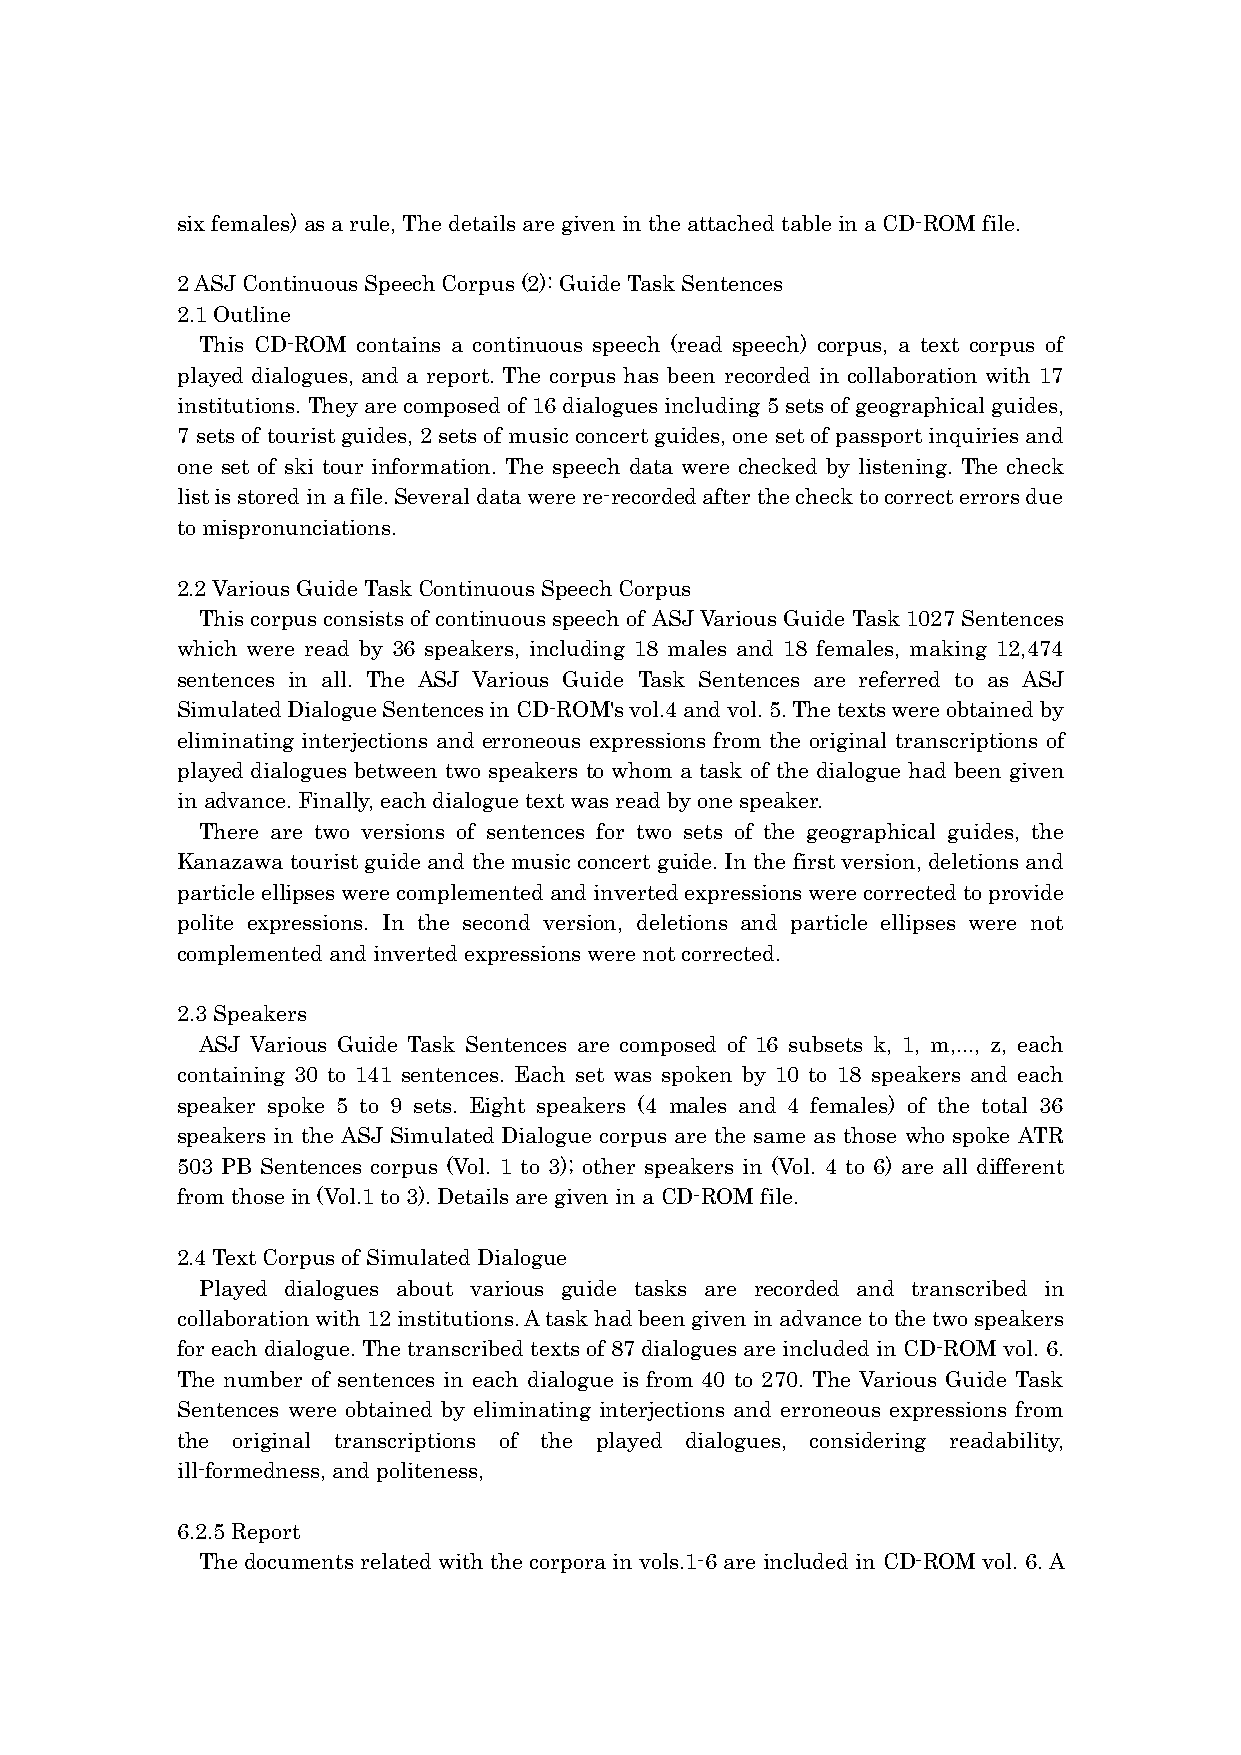
six females) as a rule, The details are given in the attached table in a CD-ROM file.
 2 ASJ Continuous Speech Corpus (2): Guide Task Sentences
 2.1 Outline
 This CD-ROM contains a continuous speech (read speech) corpus, a text corpus of
 played dialogues, and a report. The corpus has been recorded in collaboration with 17
 institutions. They are composed of 16 dialogues including 5 sets of geographical guides,
 7 sets of tourist guides, 2 sets of music concert guides, one set of passport inquiries and
 one set of ski tour information. The speech data were checked by listening. The check
 list is stored in a file. Several data were re-recorded after the check to correct errors due
 to mispronunciations.
 2.2 Various Guide Task Continuous Speech Corpus
 This corpus consists of continuous speech of ASJ Various Guide Task 1027 Sentences
 which were read by 36 speakers, including 18 males and 18 females, making 12,474
 sentences in all. The ASJ Various Guide Task Sentences are referred to as ASJ
 Simulated Dialogue Sentences in CD-ROM's vol.4 and vol. 5. The texts were obtained by
 eliminating interjections and erroneous expressions from the original transcriptions of
 played dialogues between two speakers to whom a task of the dialogue had been given
 in advance. Finally, each dialogue text was read by one speaker.
 There are two versions of sentences for two sets of the geographical guides, the
 Kanazawa tourist guide and the music concert guide. In the first version, deletions and
 particle ellipses were complemented and inverted expressions were corrected to provide
 polite expressions. In the second version, deletions and particle ellipses were not
 complemented and inverted expressions were not corrected.
 2.3 Speakers
 ASJ Various Guide Task Sentences are composed of 16 subsets k, 1, m,..., z, each
 containing 30 to 141 sentences. Each set was spoken by 10 to 18 speakers and each
 speaker spoke 5 to 9 sets. Eight speakers (4 males and 4 females) of the total 36
 speakers in the ASJ Simulated Dialogue corpus are the same as those who spoke ATR
 503 PB Sentences corpus (Vol. 1 to 3); other speakers in (Vol. 4 to 6) are all different
 from those in (Vol.1 to 3). Details are given in a CD-ROM file.
 2.4 Text Corpus of Simulated Dialogue
 Played dialogues about various guide tasks are recorded and transcribed in
 collaboration with 12 institutions. A task had been given in advance to the two speakers
 for each dialogue. The transcribed texts of 87 dialogues are included in CD-ROM vol. 6.
 The number of sentences in each dialogue is from 40 to 270. The Various Guide Task
 Sentences were obtained by eliminating interjections and erroneous expressions from
 the original transcriptions of the played dialogues, considering readability,
 ill-formedness, and politeness,
 6.2.5 Report
 The documents related with the corpora in vols.1-6 are included in CD-ROM vol. 6. A